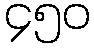
၄၅၀